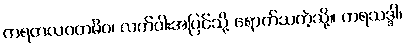
ကရတလဂတမိဝ၊ လက်ဝါးအပြင်သို့ ရောက်သကဲ့သို့။ ကရသဒ္ဒါ၊